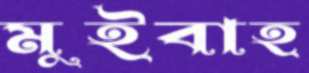
মুইবাহ